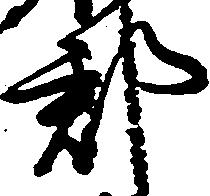
郡